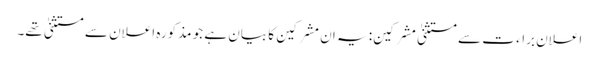
اعلان براء ت سے مستثنیٰ مشرکین: یہ ان مشرکین کا بیان ہے جو مذکورہ اعلان سے مستثنیٰ تھے۔